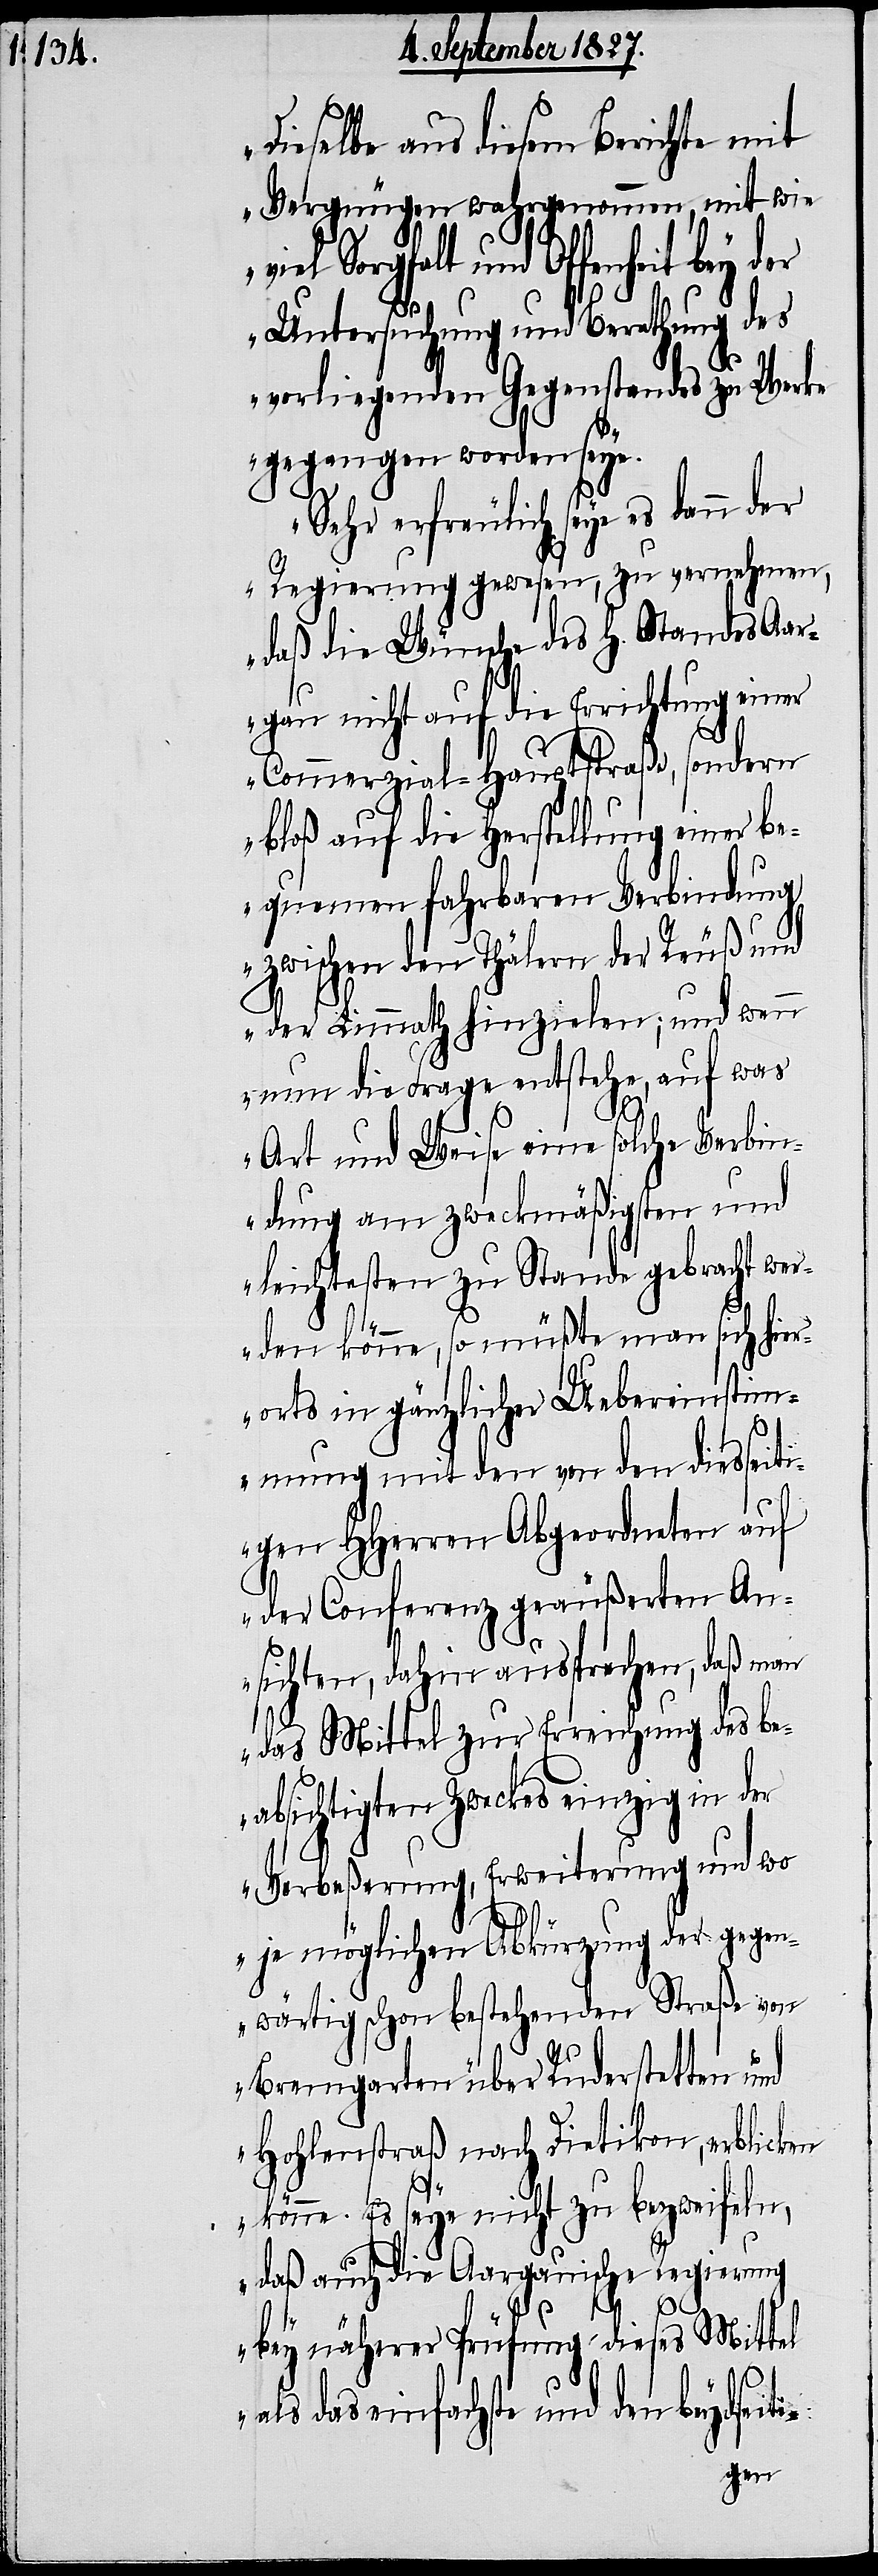
Dieselbe aus diesem Berichte mit
Vergnügen wahrgenommen, mit wie
viel Sorgfalt und Offenheit bey der
Untersuchung und Berathung des
vorliegenden Gegenstandes zu Werke
gegangen worden seye.
Sehr erfreulich seye es dann der
Regierung gewesen, zu vernehmen,
daß die Wünsche des H. Standes Aar¬
gau nicht auf die Errichtung einer
Commerzial-Hauptstraße, sondern
bloß auf die Herstellung einer be¬
quemen fahrbaren Verbindung
zwischen den Thälern der Reuß und
der Limmath hinzielen; und wenn
nun die Frage entstehe, auf was
Art und Weise eine solche Verbin¬
dung am zweckmäßigsten und
leichtesten zu Stande gebracht wer¬
den könne, so müßte man sich hier¬
orts in gänzlicher Uebereinstim¬
mung mit den von den diesseiti¬
gen HHerren Abgeordneten auf
der Conferenz geäußerten An¬
sichten, dahin aussprechen, daß man
das Mittel zur Erreichung des be¬
absichtigten Zweckes einzig in der
Verbeßerung, Erweiterung und wo
je möglichen Abkürzung der gegen¬
wärtig schon bestehenden Straße von
Bremgarten über Ruderstetten und
Hohlenstraß nach Dietikon, erblicken
könne. Es seye nicht zu bezweifeln,
daß auch die Aargauische Regierung
bey näherer Prüfung dieses Mittel
als das einfachste und den beydseiti-